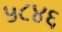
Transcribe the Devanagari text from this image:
५८४६